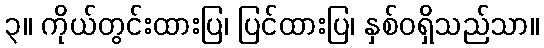
၃။ ကိုယ်တွင်းထားပြ၊ ပြင်ထားပြ၊ နှစ်ဝရှိသည်သာ။